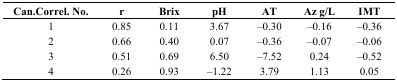
<table><thead><tr><td><b>Can.Correl. No.</b></td><td><b>r</b></td><td><b>Brix</b></td><td><b>pH</b></td><td><b>AT</b></td><td><b>Az g/L</b></td><td><b>IMT</b></td></tr></thead><tbody><tr><td>1</td><td>0.85</td><td>0.11</td><td>3.67</td><td>‒0.30</td><td>‒0.16</td><td>‒0.36</td></tr><tr><td>2</td><td>0.66</td><td>0.40</td><td>0.07</td><td>‒0.36</td><td>‒0.07</td><td>‒0.06</td></tr><tr><td>3</td><td>0.51</td><td>0.69</td><td>6.50</td><td>‒7.52</td><td>0.24</td><td>‒0.52</td></tr><tr><td>4</td><td>0.26</td><td>0.93</td><td>‒1.22</td><td>3.79</td><td>1.13</td><td>0.05</td></tr></tbody></table>